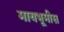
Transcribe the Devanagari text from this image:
मायभूमीस